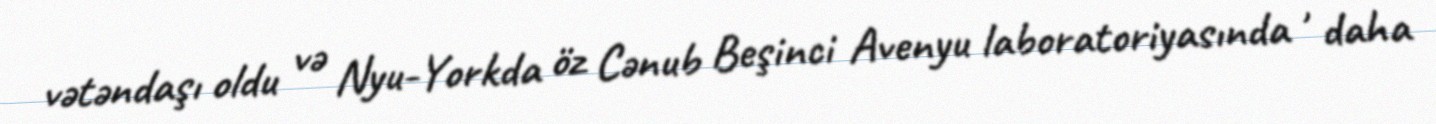
vətəndaşı oldu və Nyu-Yorkda öz Cənub Beşinci Avenyu laboratoriyasında , daha